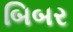
બિબર